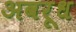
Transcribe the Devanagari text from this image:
अवरूध